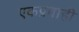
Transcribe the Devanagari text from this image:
एकप्रवाही